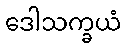
ဒေါသက္ခယံ